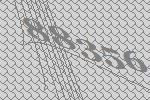
88356